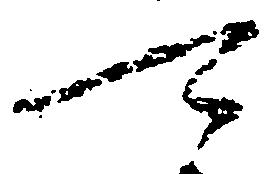
可